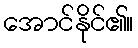
အောင်နိုင်၏။